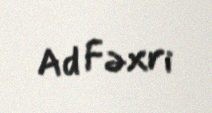
Ad Fəxri